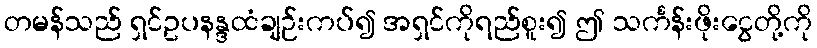
တမန်သည် ရှင်ဥပနန္ဒထံချဉ်းကပ်၍ အရှင်ကိုရည်စူး၍ ဤ သင်္ကန်းဖိုးငွေတို့ကို